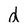
Character: d